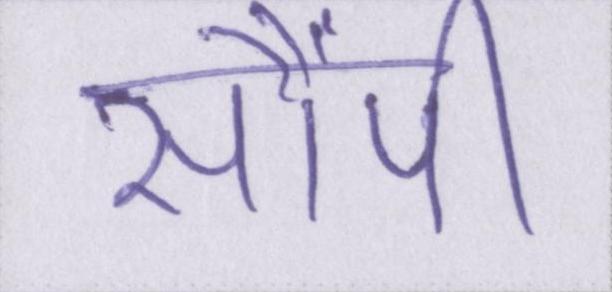
सौंपी